Annual vaccination report of Bihar and Orissa - 1911-1928
Year: 1911
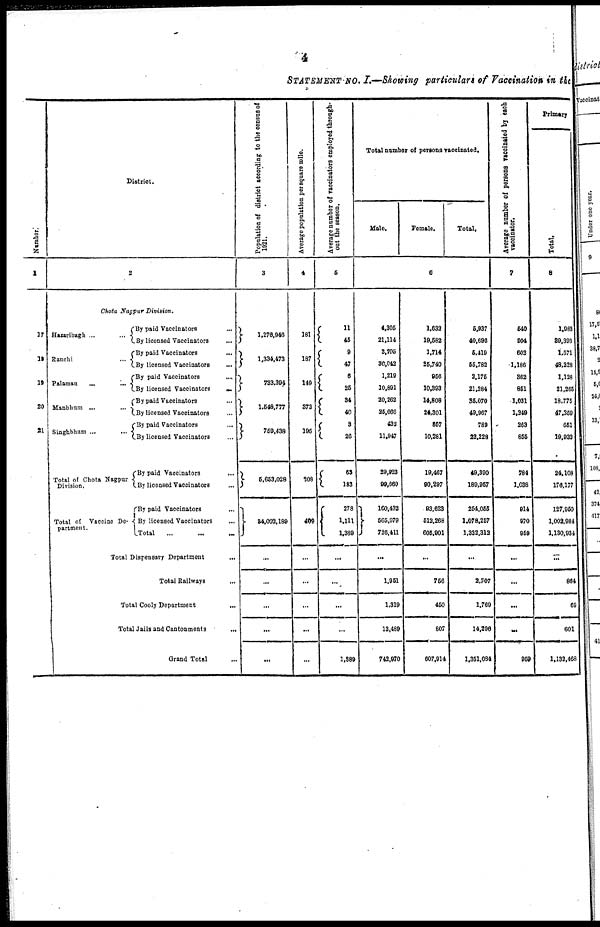
4
STATEMENT No. I.—Showing particulars of Vaccination in the
Number.
1
17
19
19
20
21
District.
2
Chota Nagpur Division.
Hazaribagh ... ...
Ranchi... ...
Palamau...
...
Manbhum
...
...
Singhbhum ...
Total of Chota Nagpur
Division.
Total of Vaccine De-
partment.
By paid Vaccinators...
By licensed Vaccinators
...
By paid
Vaccinators...
...
By licensed
Vaccinators...
By paid Vaccinators... ...
By licensed Vaccinators... ...
By paid Vaccinators... ...
By licensed Vaccinators...
...
By paid Vaccinators... ...
By licensed Vaccinators... ...
By paid Vaccinators
...
By licensed
Vaccinators...
By paid Vaccinators...
By licensed Vaccinators...
Total... ... ...
Total Dispensary Department...
Total Railways...
Total Cooly
Department...
Total Jails and Cantonments...
Grand Total... ...
Population of district according to the census of
1921.
3
1,276,946
1,334,473
733,394
1,548,777
759,438
5,653,028
34,002,189
...
...
...
...
...
Average population per square mile.
4
181
187
149
373
196
208
409
...
...
...
...
...
Average number of vaccinators employed through-
out the season.
5
11
45
9
47
6 25
34 40
8
20
63
183
278
1,111
1,389
...
...
...
...
1,389
Total number of persons vaccinated.
Male.
Female.
Total.
6
4,305
21,114
3,705
30,042
1,219
10,891
20,262
25,666
432
11,947
29,923
99,660
160,432
565,979
726,411
...
1,951
1,319
13,489
742,970
1,632
19,582
1,714
25,740
956
10,393
14,808
24,301
857
10,281
19,467
90,297
93,623
512,268
605,901
...
756
450
807
607,914
5,937
40,696
6,419
55,782
2,175
21,284
35,070
49,967
780
22,228
49,390
189,957
254,055
1,078,257
1,332,312
...
2,707
1,769
14,296
1,351,034
Average number of persons revaccinated
by each
vaccinator.
7
540
904
602
1,186
362
851
1,031
1,249
263
855
784
1,038
914
970
959
...
...
...
...
959
Primary
Total.
8
1,983
39,393
1,571
48,228
1,128
21,265
18,775
47,359
651
19,932
24,108
176,177
127,950
1,002,984
1,130,934
...
864
69
601
1,132,468